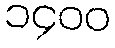
၁၄၀၀